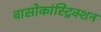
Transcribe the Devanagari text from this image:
वासोकांस्ट्रिक्शन